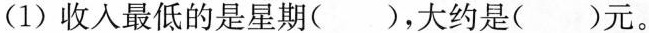
(1)收入最低的是星期()，大约是( )元。